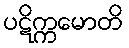
ပဋိက္ကမောတိ